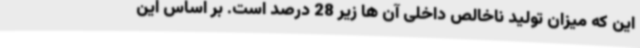
این که میزان تولید ناخالص داخلی آن ها زیر 28 درصد است. بر اساس این